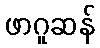
ဖာဂူဆန်